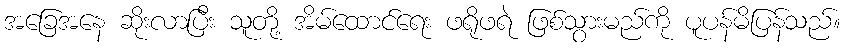
အခြေအနေ ဆိုးလာပြီး သူတို့ အိမ်ထောင်ရေး ဖရိုဖရဲ ဖြစ်သွားမည်ကို ပူပန်မိပြန်သည်။